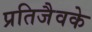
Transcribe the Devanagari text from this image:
प्रतिजैवके